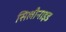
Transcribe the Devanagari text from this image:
सिलीनाइड